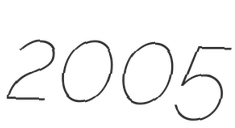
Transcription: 2005